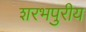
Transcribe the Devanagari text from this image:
शरभपुरीय